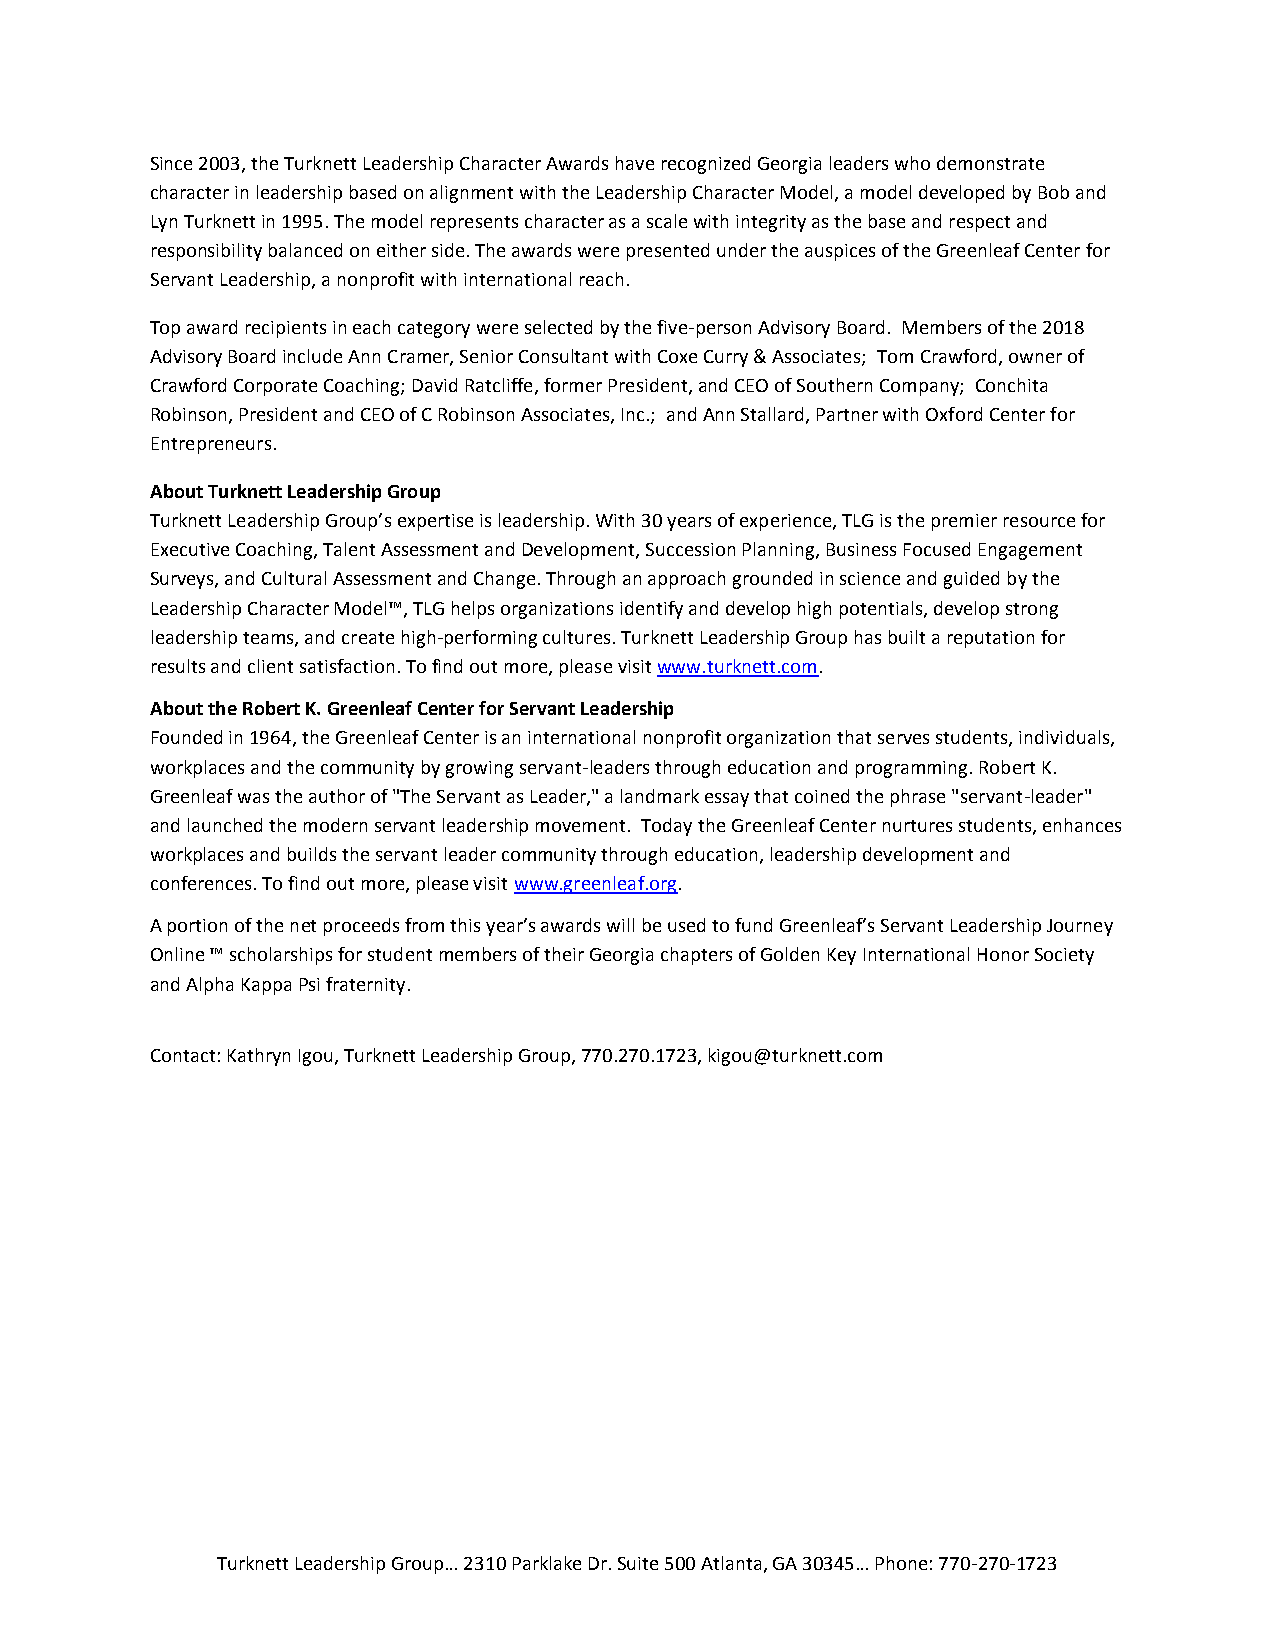
Since 2003, the Turknett Leadership Character Awards have recognized Georgia leaders who demonstrate
 character in leadership based on alignment with the Leadership Character Model, a model developed by Bob and
 Lyn Turknett in 1995. The model represents character as a scale with integrity as the base and respect and
 responsibility balanced on either side. The awards were presented under the auspices of the Greenleaf Center for
 Servant Leadership, a nonprofit with international reach.
 Top award recipients in each category were selected by the five-person Advisory Board. Members of the 2018
 Advisory Board include Ann Cramer, Senior Consultant with Coxe Curry & Associates; Tom Crawford, owner of
 Crawford Corporate Coaching; David Ratcliffe, former President, and CEO of Southern Company; Conchita
 Robinson, President and CEO of C Robinson Associates, Inc.; and Ann Stallard, Partner with Oxford Center for
 Entrepreneurs.
 About Turknett Leadership Group
 Turknett Leadership Group’s expertise is leadership. With 30 years of experience, TLG is the premier resource for
 Executive Coaching, Talent Assessment and Development, Succession Planning, Business Focused Engagement
 Surveys, and Cultural Assessment and Change. Through an approach grounded in science and guided by the
 Leadership Character Model™, TLG helps organizations identify and develop high potentials, develop strong
 leadership teams, and create high-performing cultures. Turknett Leadership Group has built a reputation for
 results and client satisfaction. To find out more, please visit www.turknett.com.
 About the Robert K. Greenleaf Center for Servant Leadership
 Founded in 1964, the Greenleaf Center is an international nonprofit organization that serves students, individuals,
 workplaces and the community by growing servant-leaders through education and programming. Robert K.
 Greenleaf was the author of "The Servant as Leader," a landmark essay that coined the phrase "servant-leader"
 and launched the modern servant leadership movement. Today the Greenleaf Center nurtures students, enhances
 workplaces and builds the servant leader community through education, leadership development and
 conferences. To find out more, please visit www.greenleaf.org.
 A portion of the net proceeds from this year’s awards will be used to fund Greenleaf’s Servant Leadership Journey
 Online ™ scholarships for student members of their Georgia chapters of Golden Key International Honor Society
 and Alpha Kappa Psi fraternity.
 Contact: Kathryn Igou, Turknett Leadership Group, 770.270.1723, kigou@turknett.com
 Turknett Leadership Group… 2310 Parklake Dr. Suite 500 Atlanta, GA 30345… Phone: 770-270-1723